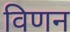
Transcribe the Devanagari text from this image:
विणन